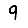
Digit: 9